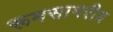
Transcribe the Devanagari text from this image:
रूमसागरीय